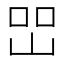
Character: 𡷇